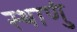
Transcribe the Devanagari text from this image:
स्थाणुं